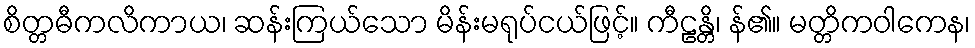
စိတ္တဓီကလိကာယ၊ ဆန်းကြယ်သော မိန်းမရုပ်ငယ်ဖြင့်။ ကီဠန္တိ၊ န်၏။ မတ္တိကဝါကေန၊